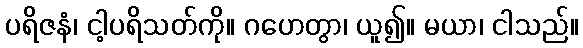
ပရိဇနံ၊ ငါ့ပရိသတ်ကို။ ဂဟေတွာ၊ ယူ၍။ မယာ၊ ငါသည်။